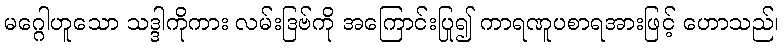
မဂ္ဂေါဟူသော သဒ္ဒါကိုကား လမ်းဒြဗ်ကို အကြောင်းပြု၍ ကာရဏူပစာရအားဖြင့် ဟောသည်၊